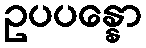
ဥပပန္နော